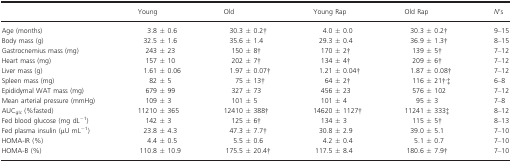
<table><thead><tr><td></td><td><b>Young</b></td><td><b>Old</b></td><td><b>Young Rap</b></td><td><b>Old Rap</b></td><td><b><i>N</i>&#x27;s</b></td></tr></thead><tbody><tr><td>Age (months)</td><td>3.8 ± 0.6</td><td>30.3 ± 0.2a</td><td>4.0 ± 0.0</td><td>30.3 ± 0.2a</td><td>9–15</td></tr><tr><td>Body mass (g)</td><td>32.5 ± 1.6</td><td>35.6 ± 1.4</td><td>29.3 ± 0.4</td><td>36.9 ± 1.3a</td><td>8–15</td></tr><tr><td>Gastrocnemius mass (mg)</td><td>243 ± 23</td><td>150 ± 8a</td><td>170 ± 2a</td><td>139 ± 5a</td><td>7–12</td></tr><tr><td>Heart mass (mg)</td><td>157 ± 10</td><td>202 ± 7a</td><td>134 ± 4a</td><td>209 ± 6a</td><td>7–12</td></tr><tr><td>Liver mass (g)</td><td>1.61 ± 0.06</td><td>1.97 ± 0.07a</td><td>1.21 ± 0.04a</td><td>1.87 ± 0.08a</td><td>7–12</td></tr><tr><td>Spleen mass (mg)</td><td>82 ± 5</td><td>75 ± 13a</td><td>64 ± 2a</td><td>116 ± 21a<sup>,</sup>b</td><td>6–8</td></tr><tr><td>Epididymal WAT mass (mg)</td><td>679 ± 99</td><td>327 ± 73</td><td>456 ± 23</td><td>576 ± 102</td><td>7–12</td></tr><tr><td>Mean arterial pressure (mmHg)</td><td>109 ± 3</td><td>101 ± 5</td><td>101 ± 4</td><td>95 ± 3</td><td>7–8</td></tr><tr><td>AUC<sub>glc</sub> (%fasted)</td><td>11210 ± 365</td><td>12410 ± 388a</td><td>14620 ± 1127a</td><td>11241 ± 333b</td><td>8–12</td></tr><tr><td>Fed blood glucose (mg dL<sup>−1</sup>)</td><td>142 ± 3</td><td>125 ± 6a</td><td>134 ± 3</td><td>115 ± 5a</td><td>8–13</td></tr><tr><td>Fed plasma insulin (μU mL<sup>−1</sup>)</td><td>23.8 ± 4.3</td><td>47.3 ± 7.7a</td><td>30.8 ± 2.9</td><td>39.0 ± 5.1</td><td>7–10</td></tr><tr><td>HOMA‐IR (%)</td><td>4.4 ± 0.5</td><td>5.5 ± 0.6</td><td>4.2 ± 0.4</td><td>5.1 ± 0.7</td><td>7–10</td></tr><tr><td>HOMA‐B (%)</td><td>110.8 ± 10.9</td><td>175.5 ± 20.4a</td><td>117.5 ± 8.4</td><td>180.6 ± 7.9a</td><td>7–10</td></tr></tbody></table>